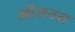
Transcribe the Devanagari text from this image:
ऑसनस